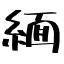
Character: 緬